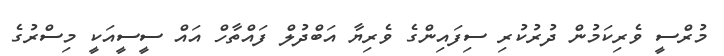
މުރްސީ ވެރިކަމުން ދުރުކުރި ސިފައިންގެ ވެރިޔާ އަބްދުލް ފައްތާހް އައް ސީސީއަކީ މިސްރުގެ